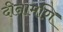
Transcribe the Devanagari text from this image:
दीनामणि